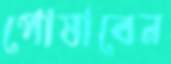
পোষাবেন